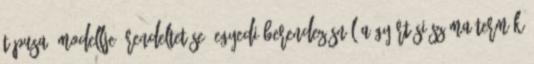
típusa, modellje, rendeltetése, egyedi berendezésnél a gyártási száma termék